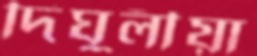
দিঘুলীয়া